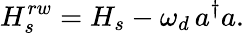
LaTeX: H_{s}^{rw}=H_{s}-\omega_{d}\, a^{\dagger}a.